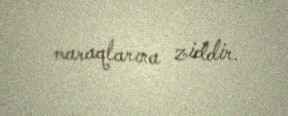
maraqlarına ziddir.